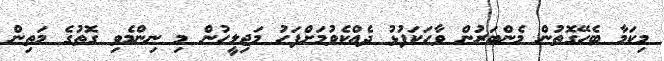
މިކަމާ ބެހޭގޮތުން މެންބަރުން ވާހަކަފުޅު ދެއްކެވުމަށްފަހު މަޖިލީހުން މި ނިންމެވި ގޮތުގެ މަތިން